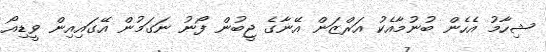
ޝިހާމު އެހެން ބުނުމާއެކު އަރްޒަން އޭނާގެ ޖީބުން ފޯނު ނަގަމުން އޭގައިއިން ވީޑިއޯ